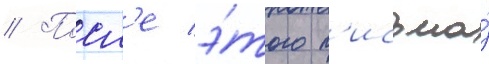
// Посл'е э́того п'исьма́